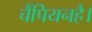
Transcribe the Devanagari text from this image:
चैंपियनहै।